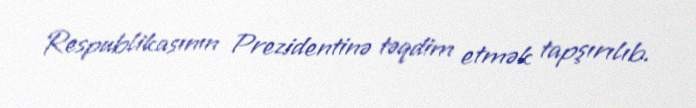
Respublikasının Prezidentinə təqdim etmək tapşırılıb.